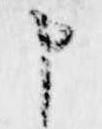
申